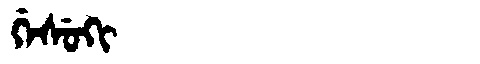
Manchu: ᡤᡝᠰᡠᡴᡳ
Romanization: GESUKI